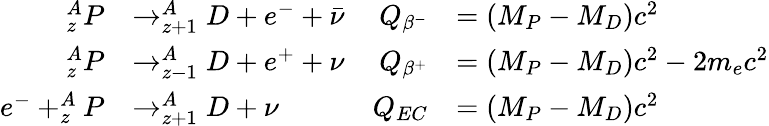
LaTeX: \begin{array}{rlrl}{_z^{A}P}&{\rightarrow_{z+1}^{A}D+e^{-}+\bar{\nu}}&{Q_{\beta^{-}}}&{=(M_{P}-M_{D})c^{2}}\\ {_z^{A}P}&{\rightarrow_{z-1}^{A}D+e^{+}+{\nu}}&{Q_{\beta^{+}}}&{=(M_{P}-M_{D})c^{2}-2m_{e}c^{2}}\\ {e^{-}+_{z}^{A}P}&{\rightarrow_{z+1}^{A}D+\nu}&{Q_{EC}}&{=(M_{P}-M_{D})c^{2}}\end{array}